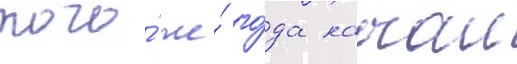
того́ же́ го́да начал